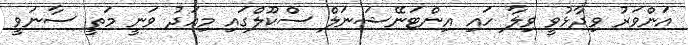
އަންވަރު ވިދާޅުވީ ވިލާ ހައި އިންޓަނޭޝަނަލް ސްކޫލްގައި މިއަދު ވަނީ މަތީ ސާނަވީ